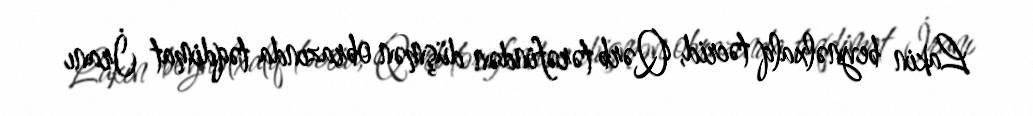
Lakin beynəlxalq təcrid, Qərb tərəfindən düşmən obrazında təqdimat İranı